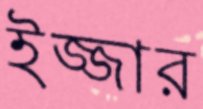
ইজ্জার